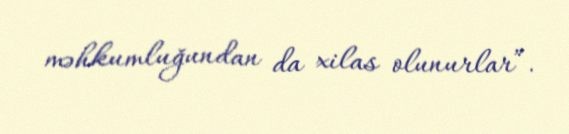
məhkumluğundan da xilas olunurlar”.